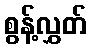
စွန့်လွှတ်